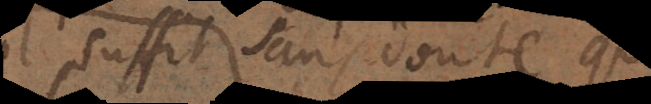
Il suffit sans doute que